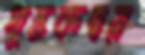
পুস্তকদ্বয়